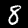
Digit: 8